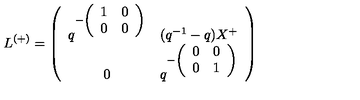
L ^ { ( + ) } = \left( \begin{array} { c c } { q ^ { - \left( \begin{array} { c c } { 1 } & { 0 } \\ { 0 } & { 0 } \\ \end{array} \right) } } & { ( q ^ { - 1 } - q ) X ^ { + } } \\ { 0 } & { q ^ { - \left( \begin{array} { c c } { 0 } & { 0 } \\ { 0 } & { 1 } \\ \end{array} \right) } } \\ \end{array} \right)